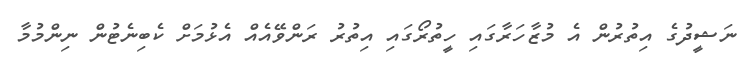
ނަޝީދުގެ އިތުރުން އެ މުޒާހަރާގައި ހީތުރޯގައި އިތުރު ރަންވޭއެއް އެޅުމަށް ކެބިނެޓުން ނިންމުމާ